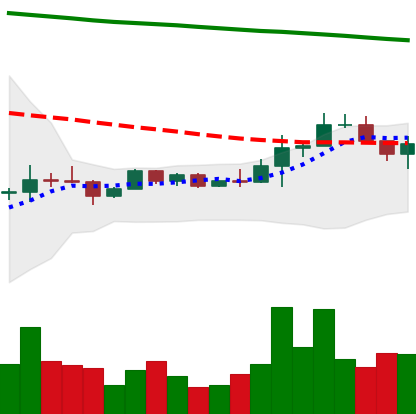
Ticker: EOS-USD
Chart end date: 2022-12-13
Forward return: -11.406%
Label: down_7plus